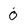
Character: 0